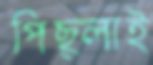
পিছ্‌লাই